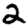
Digit: 2